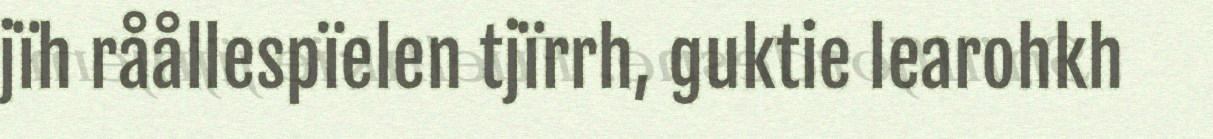
jïh råållespïelen tjïrrh, guktie learohkh